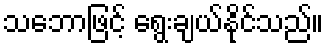
သဘောဖြင့် ရွေးချယ်နိုင်သည်။